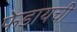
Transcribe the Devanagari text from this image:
फेडायची